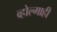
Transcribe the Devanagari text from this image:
व्होल्गाही